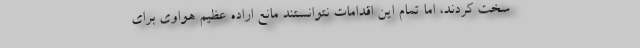
سخت کردند، اما تمام این اقدامات نتوانستند مانع اراده عظیم هواوی برای